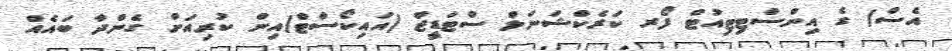
އެސް) ގެ އިންސްޓިޓިއުޓް ފޯރ ކަރެކްޝަނަލް ސްޓަޑީޒް (އައިކޯސްޓް)އިން ކުރިއަށް ގެންދާ ބައެއް